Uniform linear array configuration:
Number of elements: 16
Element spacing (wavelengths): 0.75
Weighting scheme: hamming
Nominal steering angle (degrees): -30
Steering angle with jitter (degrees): -31.713
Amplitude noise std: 0.05
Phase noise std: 0.05

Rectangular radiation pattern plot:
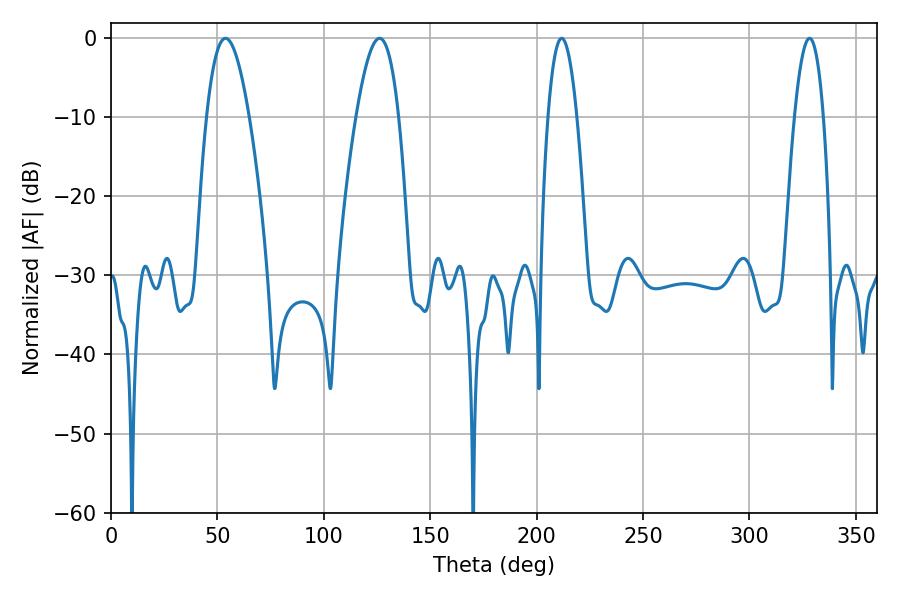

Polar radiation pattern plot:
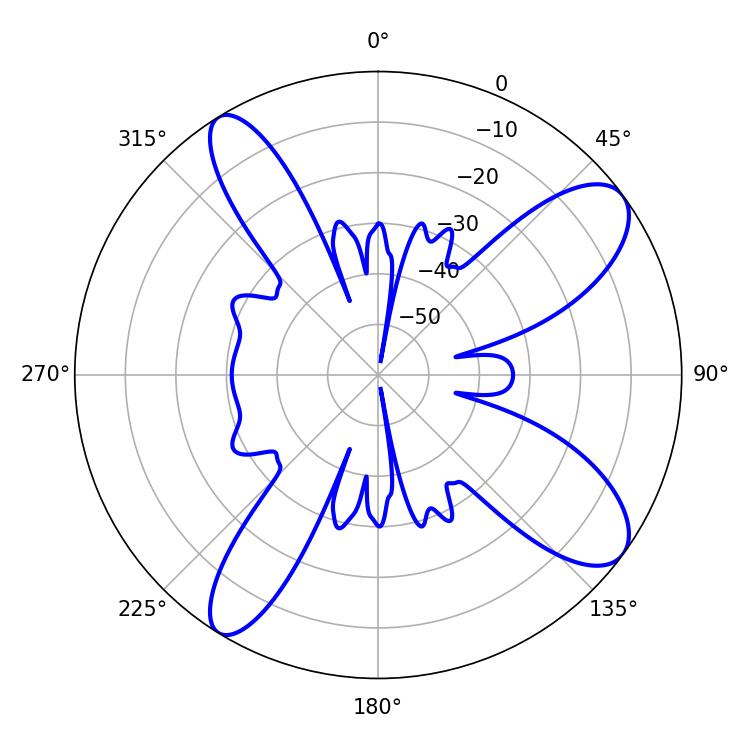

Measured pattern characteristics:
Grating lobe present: TRUE
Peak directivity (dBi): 10.351
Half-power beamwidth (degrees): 10.98
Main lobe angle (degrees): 126.18